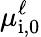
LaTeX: \mu_{\mathrm{i,0}}^{\ell}